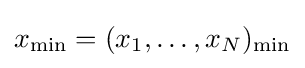
x_{\min }=(x_{1},\dots ,x_{N})_{\min }